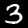
Digit: 3